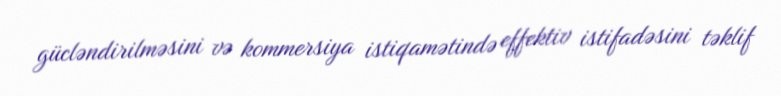
gücləndirilməsini və kommersiya istiqamətində effektiv istifadəsini təklif